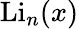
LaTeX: \operatorname{Li}_{n}(x)